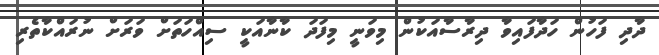
ދާދި ފަހުން ހަދާފައިވާ ދިރާސާއަކުން މިވަނީ މިފަދަ ކާނާއަކީ ސިއްހަތަށް ވަރަށް ނުރައްކާތެރި